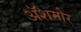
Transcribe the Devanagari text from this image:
अॅशमोर